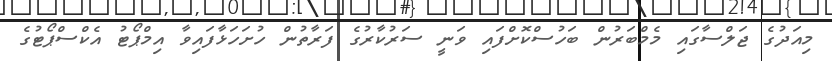
މިއަދުގެ ޖަލްސާގައި މެމްބަރުން ބަހުސްކޮށްފައި ވަނީ ސަރުކާރުގެ ފަރާތުން ހުށަހަޅާފައިވާ އިމްޕޯޓު އެކްސްޕޯޓުގެ